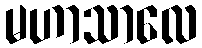
မဟာသာလေ